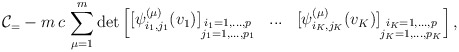
\begin{align*}\mathcal{C}_=-m\,c\, \sum_{\mu=1}^m\det \begin{bmatrix}[\psi_{i_1,j_1}^{(\mu)}(v_1)]_{\substack{i_1=1,...,p\\j_1=1,...,p_1}} & ... & [\psi_{i_K,j_K}^{(\mu)}(v_K)]_{\substack{i_K=1,...,p\\j_K=1,...,p_K}}\end{bmatrix},\end{align*}